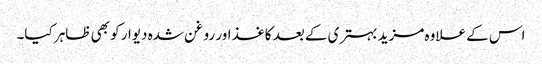
اس کے علاوہ مزید بہتری کے بعد کاغذ اور روغن شدہ دیوار کو بھی ظاہر کیا۔